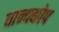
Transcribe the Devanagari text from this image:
धान्यकोष